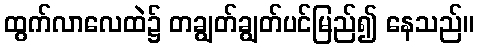
ထွက်လာလေထဲ၌ တချွတ်ချွတ်ပင်မြည်၍ နေသည်။